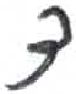
אות: ד